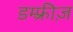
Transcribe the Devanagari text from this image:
डम्फ़्रीज़